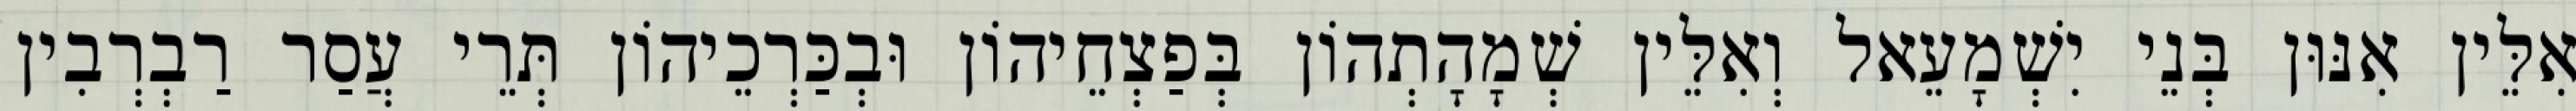
אִלֵּין אִנּוּן בְּנֵי יִשְׁמָעֵאל וְאִלֵּין שְׁמָהָתְהוֹן בְּפַצְחֵיהוֹן וּבְכַּרְכֵיהוֹן תְּרֵי עֲסַר רַבְרְבִין